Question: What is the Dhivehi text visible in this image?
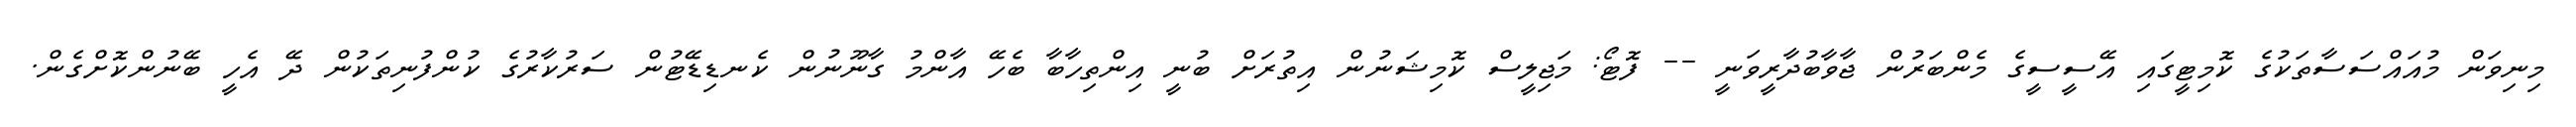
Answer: މިނިވަން މުއައްސަސާތަކުގެ ކޮމިޓީގައި އޭސީސީގެ މެންބަރުން ޖާވާބުދާރީވަނީ -- ފޮޓޯ: މަޖިލީސް ކޮމިޝަނުން އިތުރަށް ބުނީ އިންތިހާބާ ބެހޭ އާންމު ގާނޫނުން ކެނޑިޑޭޓުން ސަރުކާރުގެ ކުންފުނިތަކުން ދޭ އެހީ ބޭނުންކޮށްގެން.